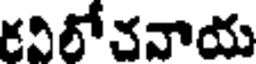
కవిలోచనాయ